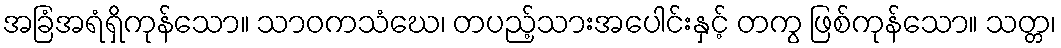
အခြံအရံရှိကုန်သော။ သာဝကသံဃေ၊ တပည့်သားအပေါင်းနှင့် တကွ ဖြစ်ကုန်သော။ သတ္တ၊